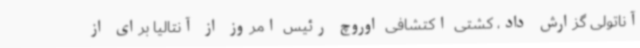
آناتولی گزارش داد، کشتی اکتشافی اوروچ رئیس امروز از آنتالیا برای از